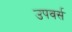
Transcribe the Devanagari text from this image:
उपवर्स